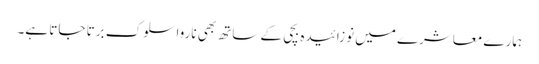
ہمارے معاشرے میں نوزائیدہ بچی کے ساتھ بھی ناروا سلوک برتا جاتا ہے۔